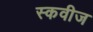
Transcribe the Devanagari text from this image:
स्कवीज